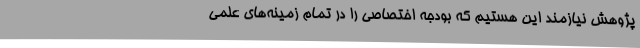
پژوهش نیازمند این هستیم که بودجه اختصاصی را در تمام زمینه‌های علمی